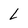
Character: L